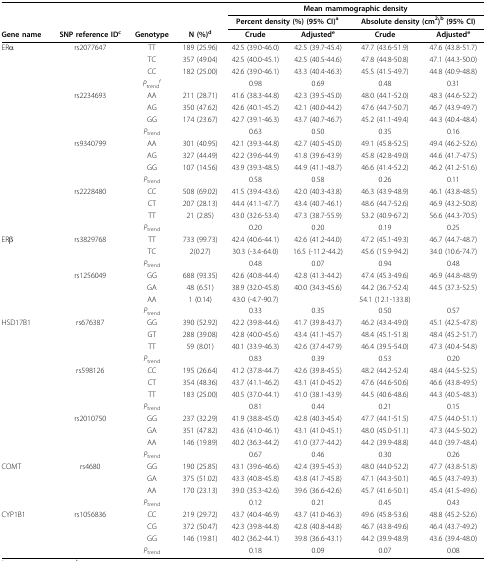
<table><thead><tr><td></td><td></td><td></td><td></td><td colspan="4"><b>Mean mammographic density</b></td></tr><tr><td></td><td></td><td></td><td></td><td colspan="2"><b>Percent density (%) (95% CI)<sup>a</sup></b></td><td colspan="2"><b>Absolute density (cm<sup>2</sup>)<sup>b </sup>(95% CI)</b></td></tr><tr><td><b>Gene name</b></td><td><b>SNP reference ID<sup>c</sup></b></td><td><b>Genotype</b></td><td><b>N (%)<sup>d</sup></b></td><td><b>Crude</b></td><td><b>Adjusted<sup>e</sup></b></td><td><b>Crude</b></td><td><b>Adjusted<sup>e</sup></b></td></tr></thead><tbody><tr><td>ERα</td><td>rs2077647</td><td>TT</td><td>189 (25.96)</td><td>42.5 (39.0-46.0)</td><td>42.5 (39.7-45.4)</td><td>47.7 (43.6-51.9)</td><td>47.6 (43.8-51.7)</td></tr><tr><td></td><td></td><td>TC</td><td>357 (49.04)</td><td>42.5 (40.0-45.1)</td><td>42.5 (40.5-44.6)</td><td>47.8 (44.8-50.8)</td><td>47.1 (44.3-50.0)</td></tr><tr><td></td><td></td><td>CC</td><td>182 (25.00)</td><td>42.6 (39.0-46.1)</td><td>43.3 (40.4-46.3)</td><td>45.5 (41.5-49.7)</td><td>44.8 (40.9-48.8)</td></tr><tr><td></td><td></td><td><i>P</i><sub>trend</sub><sup>f</sup></td><td></td><td>0.98</td><td>0.69</td><td>0.48</td><td>0.31</td></tr><tr><td></td><td>rs2234693</td><td>AA</td><td>211 (28.71)</td><td>41.6 (38.3-44.8)</td><td>42.3 (39.5-45.0)</td><td>48.0 (44.1-52.0)</td><td>48.3 (44.6-52.2)</td></tr><tr><td></td><td></td><td>AG</td><td>350 (47.62)</td><td>42.6 (40.1-45.2)</td><td>42.1 (40.0-44.2)</td><td>47.6 (44.7-50.7)</td><td>46.7 (43.9-49.7)</td></tr><tr><td></td><td></td><td>GG</td><td>174 (23.67)</td><td>42.7 (39.1-46.3)</td><td>43.7 (40.7-46.7)</td><td>45.2 (41.1-49.4)</td><td>44.3 (40.4-48.4)</td></tr><tr><td></td><td></td><td><i>P</i><sub>trend</sub></td><td></td><td>0.63</td><td>0.50</td><td>0.35</td><td>0.16</td></tr><tr><td></td><td>rs9340799</td><td>AA</td><td>301 (40.95)</td><td>42.1 (39.3-44.8)</td><td>42.7 (40.5-45.0)</td><td>49.1 (45.8-52.5)</td><td>49.4 (46.2-52.6)</td></tr><tr><td></td><td></td><td>AG</td><td>327 (44.49)</td><td>42.2 (39.6-44.9)</td><td>41.8 (39.6-43.9)</td><td>45.8 (42.8-49.0)</td><td>44.6 (41.7-47.5)</td></tr><tr><td></td><td></td><td>GG</td><td>107 (14.56)</td><td>43.9 (39.3-48.5)</td><td>44.9 (41.1-48.7)</td><td>46.6 (41.4-52.2)</td><td>46.2 (41.2-51.6)</td></tr><tr><td></td><td></td><td><i>P</i><sub>trend</sub></td><td></td><td>0.58</td><td>0.58</td><td>0.26</td><td>0.11</td></tr><tr><td></td><td>rs2228480</td><td>CC</td><td>508 (69.02)</td><td>41.5 (39.4-43.6)</td><td>42.0 (40.3-43.8)</td><td>46.3 (43.9-48.9)</td><td>46.1 (43.8-48.5)</td></tr><tr><td></td><td></td><td>CT</td><td>207 (28.13)</td><td>44.4 (41.1-47.7)</td><td>43.4 (40.7-46.1)</td><td>48.6 (44.7-52.6)</td><td>46.9 (43.2-50.8)</td></tr><tr><td></td><td></td><td>TT</td><td>21 (2.85)</td><td>43.0 (32.6-53.4)</td><td>47.3 (38.7-55.9)</td><td>53.2 (40.9-67.2)</td><td>56.6 (44.3-70.5)</td></tr><tr><td></td><td></td><td><i>P</i><sub>trend</sub></td><td></td><td>0.20</td><td>0.20</td><td>0.19</td><td>0.25</td></tr><tr><td>ERβ</td><td>rs3829768</td><td>TT</td><td>733 (99.73)</td><td>42.4 (40.6-44.1)</td><td>42.6 (41.2-44.0)</td><td>47.2 (45.1-49.3)</td><td>46.7 (44.7-48.7)</td></tr><tr><td></td><td></td><td>TC</td><td>2(0.27)</td><td>30.3 (-3.4-64.0)</td><td>16.5 (-11.2-44.2)</td><td>45.6 (15.9-94.2)</td><td>34.0 (10.6-74.7)</td></tr><tr><td></td><td></td><td><i>P</i><sub>trend</sub></td><td></td><td>0.48</td><td>0.07</td><td>0.94</td><td>0.48</td></tr><tr><td></td><td>rs1256049</td><td>GG</td><td>688 (93.35)</td><td>42.6 (40.8-44.4)</td><td>42.8 (41.3-44.2)</td><td>47.4 (45.3-49.6)</td><td>46.9 (44.8-48.9)</td></tr><tr><td></td><td></td><td>GA</td><td>48 (6.51)</td><td>38.9 (32.0-45.8)</td><td>40.0 (34.3-45.6)</td><td>44.2 (36.7-52.4)</td><td>44.5 (37.3-52.5)</td></tr><tr><td></td><td></td><td>AA</td><td>1 (0.14)</td><td>43.0 (-4.7-90.7)</td><td></td><td>54.1 (12.1-133.8)</td><td></td></tr><tr><td></td><td></td><td><i>P</i><sub>trend</sub></td><td></td><td>0.33</td><td>0.35</td><td>0.50</td><td>0.57</td></tr><tr><td>HSD17B1</td><td>rs676387</td><td>GG</td><td>390 (52.92)</td><td>42.2 (39.8-44.6)</td><td>41.7 (39.8-43.7)</td><td>46.2 (43.4-49.0)</td><td>45.1 (42.5-47.8)</td></tr><tr><td></td><td></td><td>GT</td><td>288 (39.08)</td><td>42.8 (40.0-45.6)</td><td>43.4 (41.1-45.7)</td><td>48.4 (45.1-51.8)</td><td>48.4 (45.2-51.7)</td></tr><tr><td></td><td></td><td>TT</td><td>59 (8.01)</td><td>40.1 (33.9-46.3)</td><td>42.6 (37.4-47.9)</td><td>46.4 (39.5-54.0)</td><td>47.3 (40.4-54.8)</td></tr><tr><td></td><td></td><td><i>P</i><sub>trend</sub></td><td></td><td>0.83</td><td>0.39</td><td>0.53</td><td>0.20</td></tr><tr><td></td><td>rs598126</td><td>CC</td><td>195 (26.64)</td><td>41.2 (37.8-44.7)</td><td>42.6 (39.8-45.5)</td><td>48.2 (44.2-52.4)</td><td>48.4 (44.5-52.5)</td></tr><tr><td></td><td></td><td>CT</td><td>354 (48.36)</td><td>43.7 (41.1-46.2)</td><td>43.1 (41.0-45.2)</td><td>47.6 (44.6-50.6)</td><td>46.6 (43.8-49.5)</td></tr><tr><td></td><td></td><td>TT</td><td>183 (25.00)</td><td>40.5 (37.0-44.1)</td><td>41.0 (38.1-43.9)</td><td>44.5 (40.6-48.6)</td><td>44.3 (40.5-48.3)</td></tr><tr><td></td><td></td><td><i>P</i><sub>trend</sub></td><td></td><td>0.81</td><td>0.44</td><td>0.21</td><td>0.15</td></tr><tr><td></td><td>rs2010750</td><td>GG</td><td>237 (32.29)</td><td>41.9 (38.8-45.0)</td><td>42.8 (40.3-45.4)</td><td>47.7 (44.1-51.5)</td><td>47.5 (44.0-51.1)</td></tr><tr><td></td><td></td><td>GA</td><td>351 (47.82)</td><td>43.6 (41.0-46.1)</td><td>43.1 (41.0-45.1)</td><td>48.0 (45.0-51.1)</td><td>47.3 (44.5-50.2)</td></tr><tr><td></td><td></td><td>AA</td><td>146 (19.89)</td><td>40.2 (36.3-44.2)</td><td>41.0 (37.7-44.2)</td><td>44.2 (39.9-48.8)</td><td>44.0 (39.7-48.4)</td></tr><tr><td></td><td></td><td><i>P</i><sub>trend</sub></td><td></td><td>0.67</td><td>0.46</td><td>0.30</td><td>0.26</td></tr><tr><td>COMT</td><td>rs4680</td><td>GG</td><td>190 (25.85)</td><td>43.1 (39.6-46.6)</td><td>42.4 (39.5-45.3)</td><td>48.0 (44.0-52.2)</td><td>47.7 (43.8-51.8)</td></tr><tr><td></td><td></td><td>GA</td><td>375 (51.02)</td><td>43.3 (40.8-45.8)</td><td>43.8 (41.7-45.8)</td><td>47.1 (44.3-50.1)</td><td>46.5 (43.7-49.3)</td></tr><tr><td></td><td></td><td>AA</td><td>170 (23.13)</td><td>39.0 (35.3-42.6)</td><td>39.6 (36.6-42.6)</td><td>45.7 (41.6-50.1)</td><td>45.4 (41.5-49.6)</td></tr><tr><td></td><td></td><td><i>P</i><sub>trend</sub></td><td></td><td>0.12</td><td>0.21</td><td>0.45</td><td>0.43</td></tr><tr><td>CYP1B1</td><td>rs1056836</td><td>CC</td><td>219 (29.72)</td><td>43.7 (40.4-46.9)</td><td>43.7 (41.0-46.3)</td><td>49.6 (45.8-53.6)</td><td>48.8 (45.2-52.6)</td></tr><tr><td></td><td></td><td>CG</td><td>372 (50.47)</td><td>42.3 (39.8-44.8)</td><td>42.8 (40.8-44.8)</td><td>46.7 (43.8-49.6)</td><td>46.4 (43.7-49.2)</td></tr><tr><td></td><td></td><td>GG</td><td>146 (19.81)</td><td>40.2 (36.2-44.1)</td><td>39.8 (36.6-43.1)</td><td>44.2 (39.9-48.9)</td><td>43.6 (39.4-48.0)</td></tr><tr><td></td><td></td><td><i>P</i><sub>trend</sub></td><td></td><td>0.18</td><td>0.09</td><td>0.07</td><td>0.08</td></tr></tbody></table>